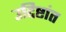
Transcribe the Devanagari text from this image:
उद्दिष्टांत